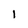
Character: I